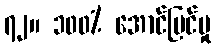
၇၂။ ၁၀၀% အောင်မြင်မှု